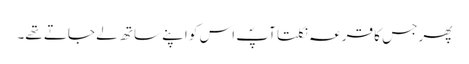
پھر جس کا قرعہ نکلتا آپؐ اس کو اپنے ساتھ لے جاتے تھے۔